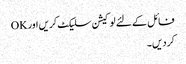
فائل کے لئے لوکیشن سلیکٹ کریں اور OK
کر دیں۔